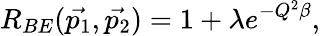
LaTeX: R_{BE}(\vec{p_{1}},\vec{p_{2}})=1+\lambda e^{-Q^{2}\beta},